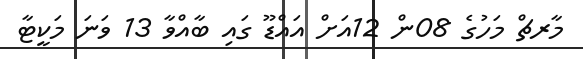
މާރޗް މަހުގެ 08ން 12އަށް އައްޑޫ ގައި ބާއްވާ 13 ވަނަ މަކީޓާ